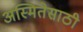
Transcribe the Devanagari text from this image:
अस्मितेसाठी